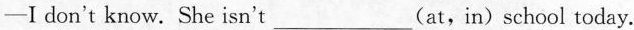
-I don't know. She isn't___ (at,in)school today.